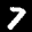
Label: 7